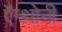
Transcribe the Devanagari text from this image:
ऍन्थोनी